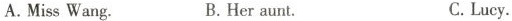
A.MissWang. B.Heraunt. C.Lucy.